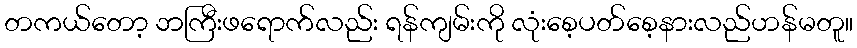
တကယ်တော့ ဘကြီးဖရောက်လည်း ရန်ကျမ်းကို လုံးစေ့ပတ်စေ့နားလည်ဟန်မတူ။